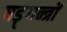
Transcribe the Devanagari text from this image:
षड़्यन्त्रों